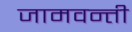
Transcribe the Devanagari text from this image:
जामवन्ती